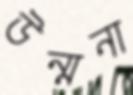
উন্মনা